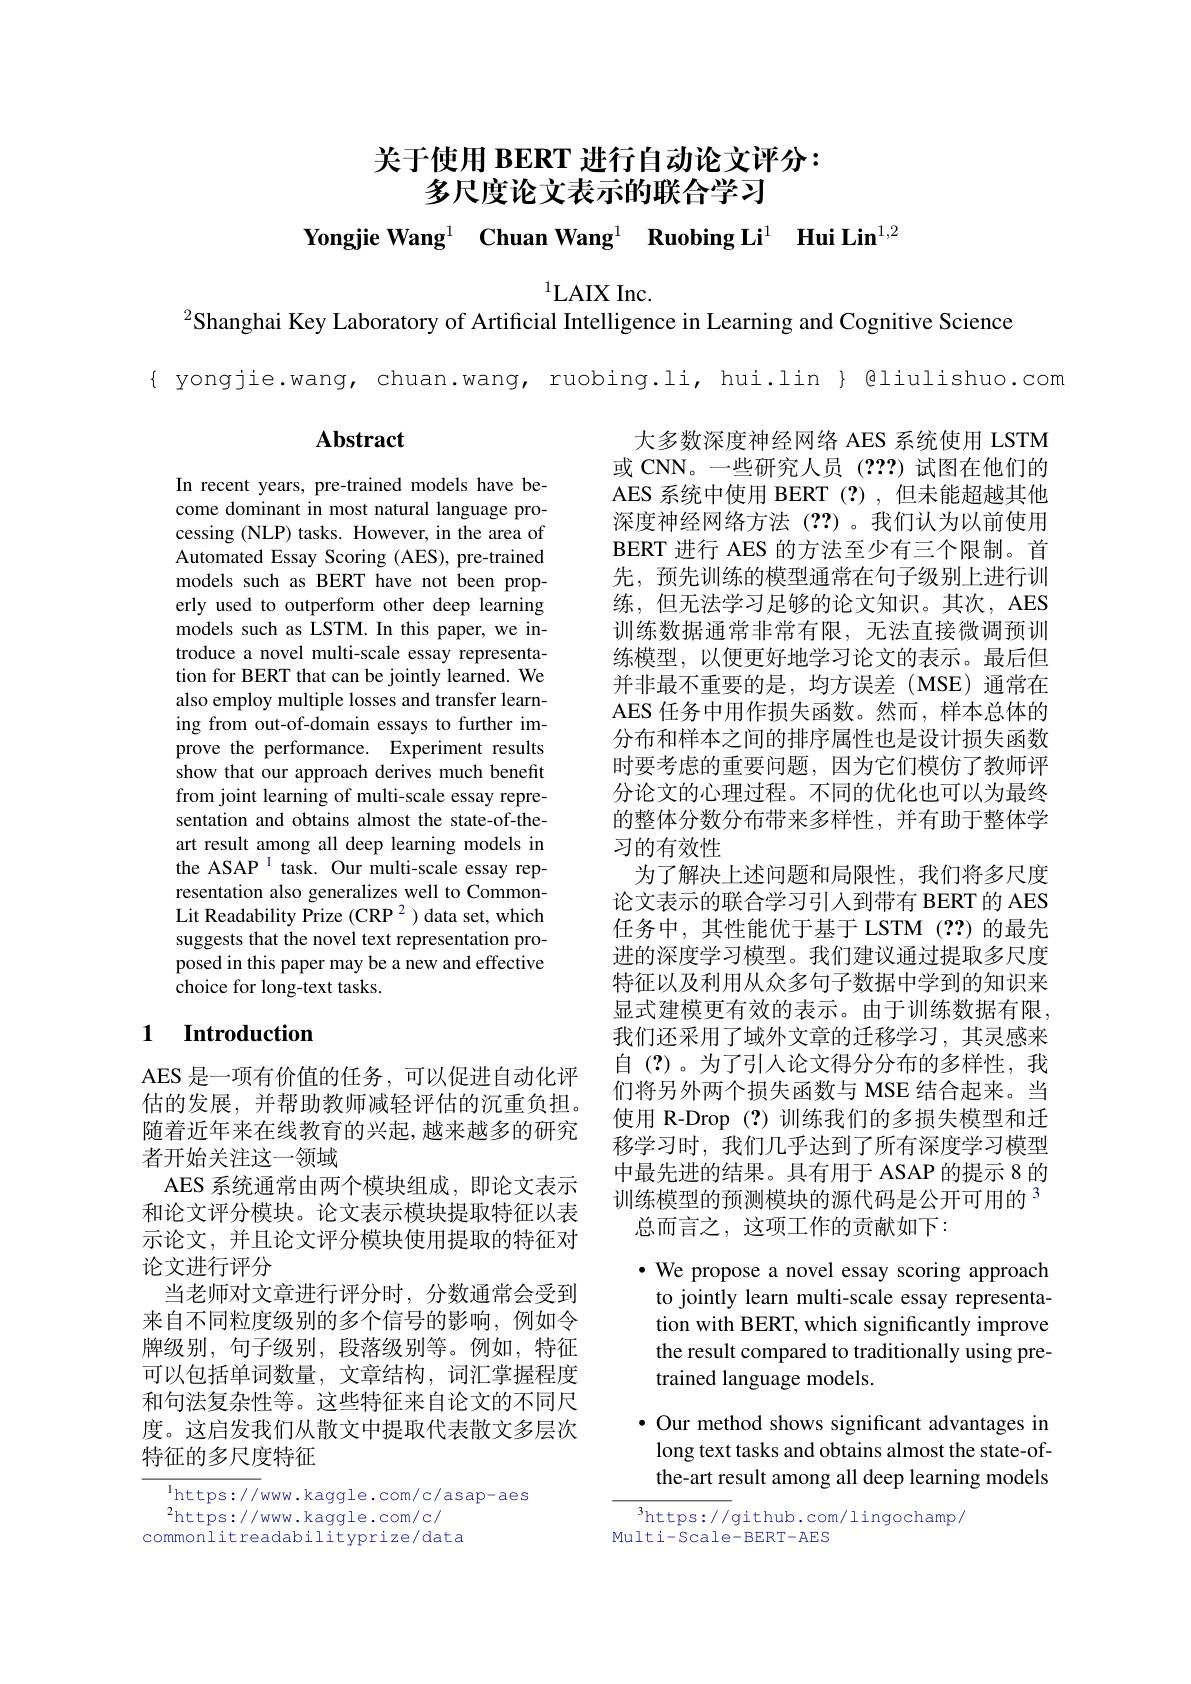
关于使用 BERT 进行自动论文评分：
多尺度论文表示的联合学习

Yongjie Wang$^{1}$ Chuan Wang$^{1}\textbf{ Ruobing Li}^{1}\textbf{ Hui Lin}^{1,2}$

$^{1}$LAIX Inc.
$^{2}$Shanghai Key Laboratory of Artificial Intelligence in Learning and Cognitive Science

{ yongjie.wang, chuan.wang, ruobing.li, hui.lin } @liulishuo.com

## $\mathbf{Abstract}$

In recent years, pre-trained models have become dominant in most natural language processing (NLP) tasks. However, in the area of Automated Essay Scoring (AES), pre-trained models such as BERT have not been properly used to outperform other deep learning models such as LSTM. In this paper, we introduce a novel multi-scale essay representation for BERT that can be jointly learned. We also employ multiple losses and transfer learning from out-of-domain essays to further improve the performance. Experiment results show that our approach derives much benefit from joint learning of multi-scale essay representation and obtains almost the state-of-theart result among all deep learning models in the ASAP 1 task. Our multi-scale essay representation also generalizes well to CommonLit Readability Prize (CRP 2) data set, which suggests that the novel text representation proposed in this paper may be a new and effective choice for long-text tasks.

大多数深度神经网络 AES 系统使用 LSTM 或 CNN。一些研究人员 (???)试图在他们的AES 系统中使用 BERT(?),但未能超越其他深度神经网络方法(??)。我们认为以前使用BERT 进行 AES 的方法至少有三个限制。首先，预先训练的模型通常在句子级别上进行训练，但无法学习足够的论文知识。其次，AES 训练数据通常非常有限，无法直接微调预训练模型，以便更好地学习论文的表示。最后但并非最不重要的是，均方误差(MSE)通常在AES 任务中用作损失函数。然而，样本总体的分布和样本之间的排序属性也是设计损失函数时要考虑的重要问题，因为它们模仿了教师评分论文的心理过程。不同的优化也可以为最终的整体分数分布带来多样性，并有助于整体学习的有效性
为了解决上述问题和局限性，我们将多尺度论文表示的联合学习引入到带有 BERT 的 AES 任务中，其性能优于基于LSTM(??)的最先进的深度学习模型。我们建议通过提取多尺度特征以及利用从众多句子数据中学到的知识来显式建模更有效的表示。由于训练数据有限， 我们还采用了域外文章的迁移学习，其灵感来自(?)。为了引入论文得分分布的多样性，我们将另外两个损失函数与 MSE 结合起来。当使用 R-Drop (?)训练我们的多损失模型和迁移学习时，我们几乎达到了所有深度学习模型中最先进的结果。具有用于 ASAP 的提示 8 的训练模型的预测模块的源代码是公开可用的 3
总而言之，这项工作的贡献如下：

## 1 Introduction

AES 是一项有价值的任务，可以促进自动化评估的发展，并帮助教师减轻评估的沉重负担。随着近年来在线教育的兴起，越来越多的研究者开始关注这一领域
AES 系统通常由两个模块组成，即论文表示和论文评分模块。论文表示模块提取特征以表示论文，并且论文评分模块使用提取的特征对论文进行评分
当老师对文章进行评分时，分数通常会受到来自不同粒度级别的多个信号的影响，例如令牌级别，句子级别，段落级别等。例如，特征可以包括单词数量，文章结构，词汇掌握程度和句法复杂性等。这些特征来自论文的不同尺度。这启发我们从散文中提取代表散文多层次特征的多尺度特征

$\bullet$ We propose a novel essay scoring approach to jointly learn multi-scale essay representation with BERT, which significantly improve the result compared to traditionally using pretrained language models.

$\bullet$ Our method shows significant advantages in long text tasks and obtains almost the state-ofthe-art result among all deep learning models

$^{1}$https: / / www. kaggle. com/ c/ asap- aes
$^{2}$https://www.kaggle.com/c/ commonlitreadabilityprize/data

$^3$https://github.com/lingochamp/
Multi-Scale-BERT-AES